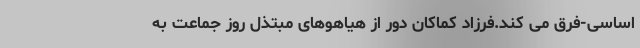
اساسی-فرق می کند.فرزاد کماکان دور از هیاهوهای مبتذل روز جماعت به